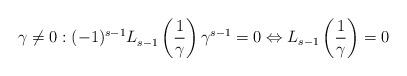
LaTeX: \begin{align*} \gamma \neq 0 : (-1)^{s-1} L_{s-1}^{}\left(\frac{1}{\gamma}\right) \gamma^{s-1} =0 \Leftrightarrow L_{s-1}\left(\frac{1}{\gamma}\right) = 0\end{align*}